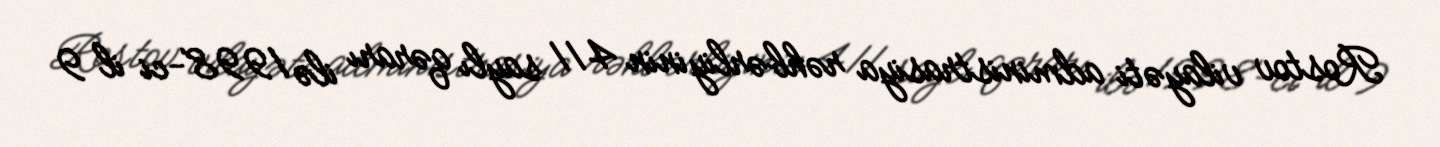
Rostov vilayəti administrasiya rəhbərliyinin 411 saylı qərarı ilə 1998-ci il 9